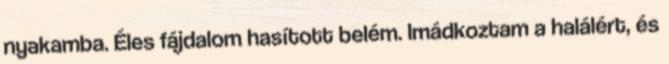
nyakamba. Éles fájdalom hasított belém. Imádkoztam a halálért, és